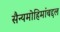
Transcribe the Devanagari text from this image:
सैन्यमोहिमांबद्दल